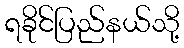
ရခိုင်ပြည်နယ်သို့